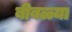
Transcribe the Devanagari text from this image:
बीबळ्या